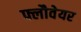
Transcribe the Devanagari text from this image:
फ्लौवेयर